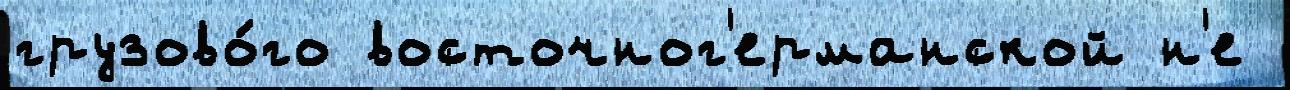
грузово́го восточног'ерманской н'е